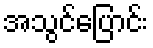
အသွင်ပြောင်း